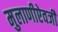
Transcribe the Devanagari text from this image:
मुलाणीऐवजी